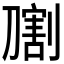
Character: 𰅁